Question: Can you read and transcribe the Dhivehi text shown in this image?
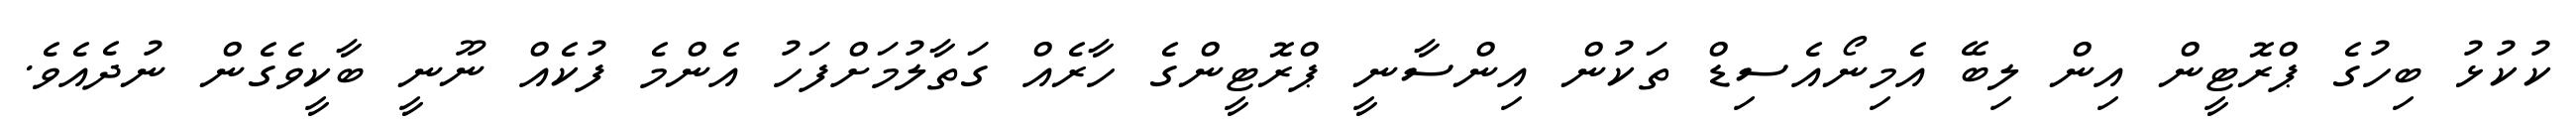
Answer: ކުކުޅު ބިހުގެ ޕްރޮޓީން އިން ލިބޭ އެމިނޯއެސިޑް ތަކުން އިންސާނީ ޕްރޮޓީންގެ ހާރެއް ގަތާލުމަށްފަހު އެންމެ ފުކެއް ނޫނީ ބާކީވެގެން ނުދެއެވެ.